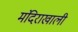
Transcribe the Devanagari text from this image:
मंदिराखाली